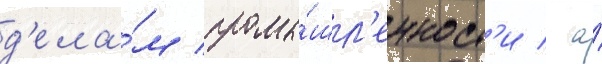
д'ела́м промы́шл'енност'и / а́